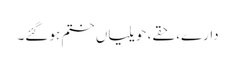
دارے، حقے، حویلیاں ختم ہو گئے۔